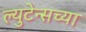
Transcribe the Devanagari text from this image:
ल्युटेन्सच्‍या